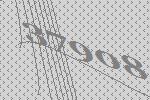
37908